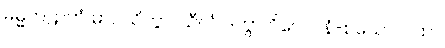
ဓမ္မတဠာကံ မာပယိတွာ၊ သီလံ ဒတွာ ဝိလေပနံ-စသော ဂါထာ